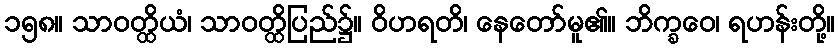
၁၅၈။ သာဝတ္ထိယံ၊ သာဝတ္ထိပြည်၌။ ဝိဟရတိ၊ နေတော်မူ၏။ ဘိက္ခဝေ၊ ရဟန်းတို့။